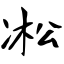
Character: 凇